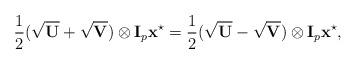
LaTeX: \begin{align*}\frac{1}{2}(\sqrt{\mathbf{U}} + \sqrt{\mathbf{V}}) \otimes \mathbf{I}_p \mathbf{x}^{\star} = \frac{1}{2}(\sqrt{\mathbf{U}} - \sqrt{\mathbf{V}}) \otimes \mathbf{I}_p \mathbf{x}^{\star},\end{align*}